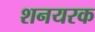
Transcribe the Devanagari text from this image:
शनयरक